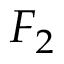
F _ { 2 }